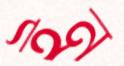
ইন